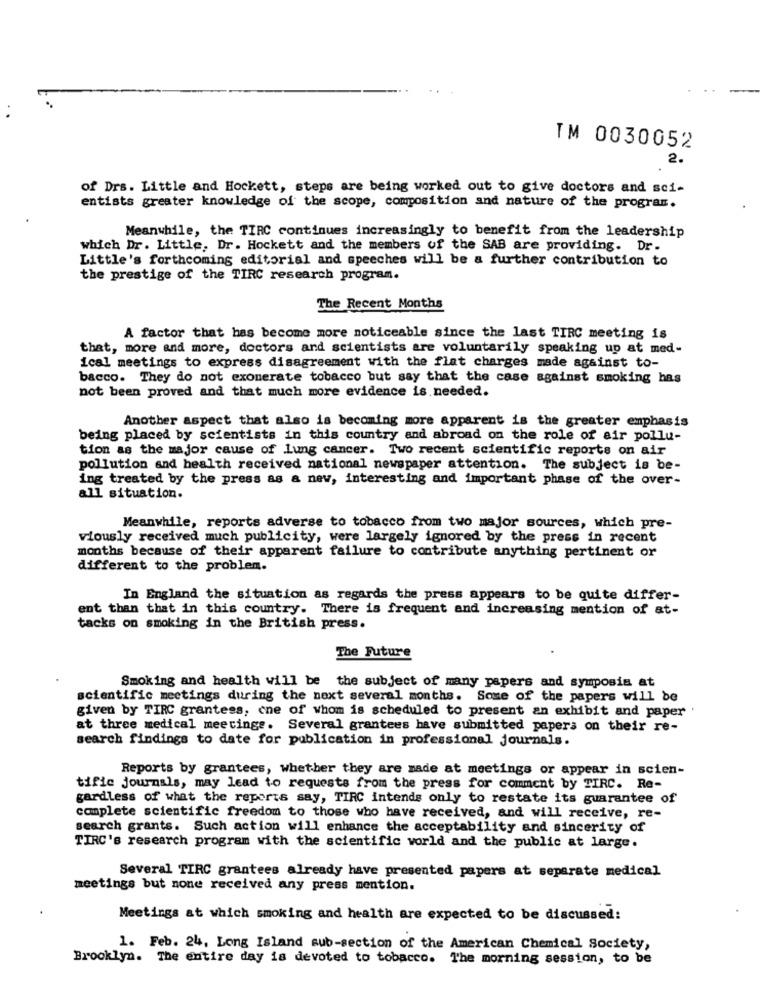
TM 0030052
2.
of Drs. Little and Hockett, steps are being worked out to give doctors and sci-
entists greater knowledge of the scope, composition and nature of the program.
Meanwhile, the TIRC continues increasingly to benefit from the leadership
which Dr. Little, Dr. Hockett and the members of the SAB are providing. Dr-
Little's forthcoming editorial and speeches will be a further contribution to
the prestige of the TIRC research program.
The Recent Months
A factor that has become more noticeable since the last TIRC meeting is
that, more and more, doctors and scientists are voluntarily speaking up at med-
ical meetings to express disagreement with the flat charges made against to-
bacco. They do not exonerate tobacco but say that the case against smoking has
not been proved and that much more evidence is needed.
Another aspect that also is becoming more apparent is the greater emphasis
being placed by scientists in this country and abroad on the role of air pollu-
tion as the major cause of lung cancer. Two recent scientific reports on air
pollution and health received national newspaper attention. The subject is be-
ing treated by the press as a new, interesting and important phase of the over-
all situation.
Meanwhile, reports adverse to tobacco from two major sources, which pre-
viously received much publicity, were largely ignored by the press in recent
months because of their apparent failure to contribute anything pertinent or
different to the problem.
In England the situation as regards the press appears to be quite differ-
ent than that in this country. There is frequent and increasing mention of at-
tacks on smoking in the British press.
The Future
Smoking and health will be the subject of many papers and symposia at
scientific meetings during the next several months. Some of the papers will be
given by TIRC grantess, one of whom is scheduled to present an exhibit and paper .
at three medical meetings. Several grantees have submitted papers on their re-
search findings to date for publication in professional journals.
Reports by grantees, whether they are made at meetings or appear in scien-
tific journals, may lead to requests from the press for comment by TIRC. Re-
gardless of what the reports say, TIRC intends only to restate its guarantee of
complete scientific freedom to those who have received, and will receive, re-
search grants. Such action will enhance the acceptability and sincerity of
TIRC's research program with the scientific world and the public at large.
Several TIRC grantees already have presented papers at separate medical
meetings but none received any press mention.
Meetings at which smoking and health are expected to be discussed:
1. Feb. 24, Long Island sub-section of the American Chemical Society,
Brooklyn. The entire day is devoted to tobacco. The morning session, to be